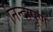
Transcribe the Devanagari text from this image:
निन्दापूर्ण